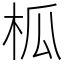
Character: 柧